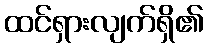
ထင်ရှားလျက်ရှိ၏